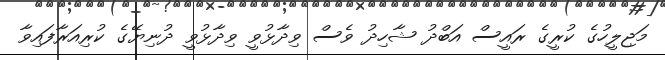
މަޖިލީހުގެ ކުރީގެ ރައީސް އަބްދު ޝާހިދު ވެސް ވިދާޅުވީ ވިދާޅުވީ ދުނިޔޭގެ ކުރިއަރާފައިވާ